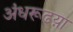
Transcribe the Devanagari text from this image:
अंधरूढय़ा